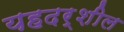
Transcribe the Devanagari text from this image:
यहदर्शील